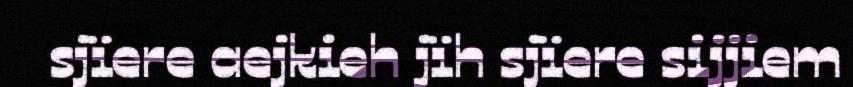
sjïere aejkieh jïh sjïere sijjiem